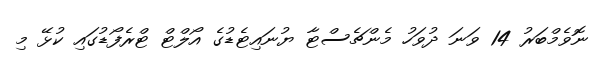
ނޮވެމްބަރު 14 ވަނަ ދުވަހު މެންޗެސްޓާ ޔުނައިޓެޑުގެ އޯލްޓް ޓްރެފޯޑުގައި ކުޅޭ މި